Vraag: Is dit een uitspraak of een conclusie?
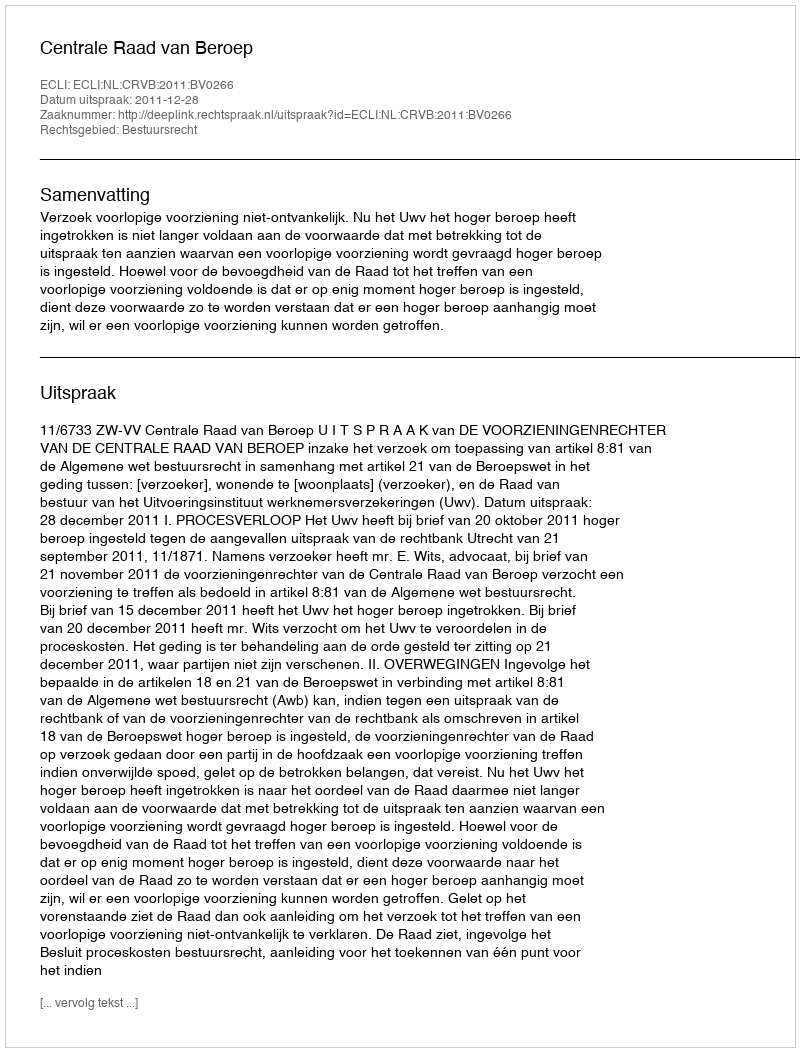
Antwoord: Uitspraak